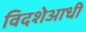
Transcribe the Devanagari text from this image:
विदशेआधी